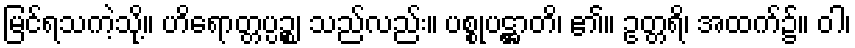
မြင်ရသကဲ့သို့။ ဟိရောတ္တပ္ပဉ္စ၊ သည်လည်း။ ပစ္စုပဋ္ဌာတိ၊ ၏။ ဥတ္တရိ၊ အထက်၌။ ဝါ၊